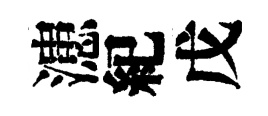
漶紀戊